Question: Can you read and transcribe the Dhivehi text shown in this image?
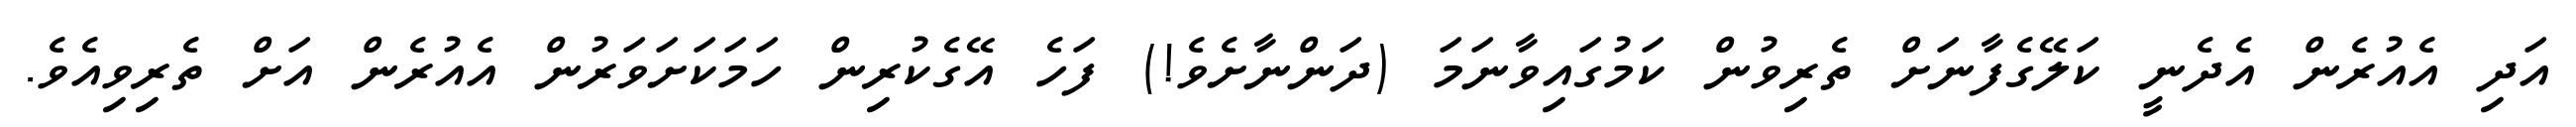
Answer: އަދި އެއުރެން އެދެނީ ކަލޭގެފާނަށް ތެރިވުން ކަމުގައިވާނަމަ (ދަންނާށެވެ!) ފަހެ އޭގެކުރިން ހަމަކަށަވަރުން އެއުރެން އަށް ތެރިވިއެވެ.